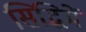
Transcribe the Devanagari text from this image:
सिद्धिमें